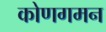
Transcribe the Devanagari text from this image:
कोणगमन